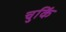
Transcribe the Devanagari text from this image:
चुकिं